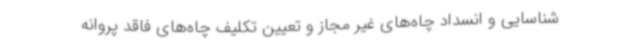
شناسایی و انسداد چاه‌های غیر مجاز و تعیین تکلیف چاه‌های فاقد پروانه